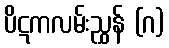
ပိဋကလမ်းညွှန် (ဂ)